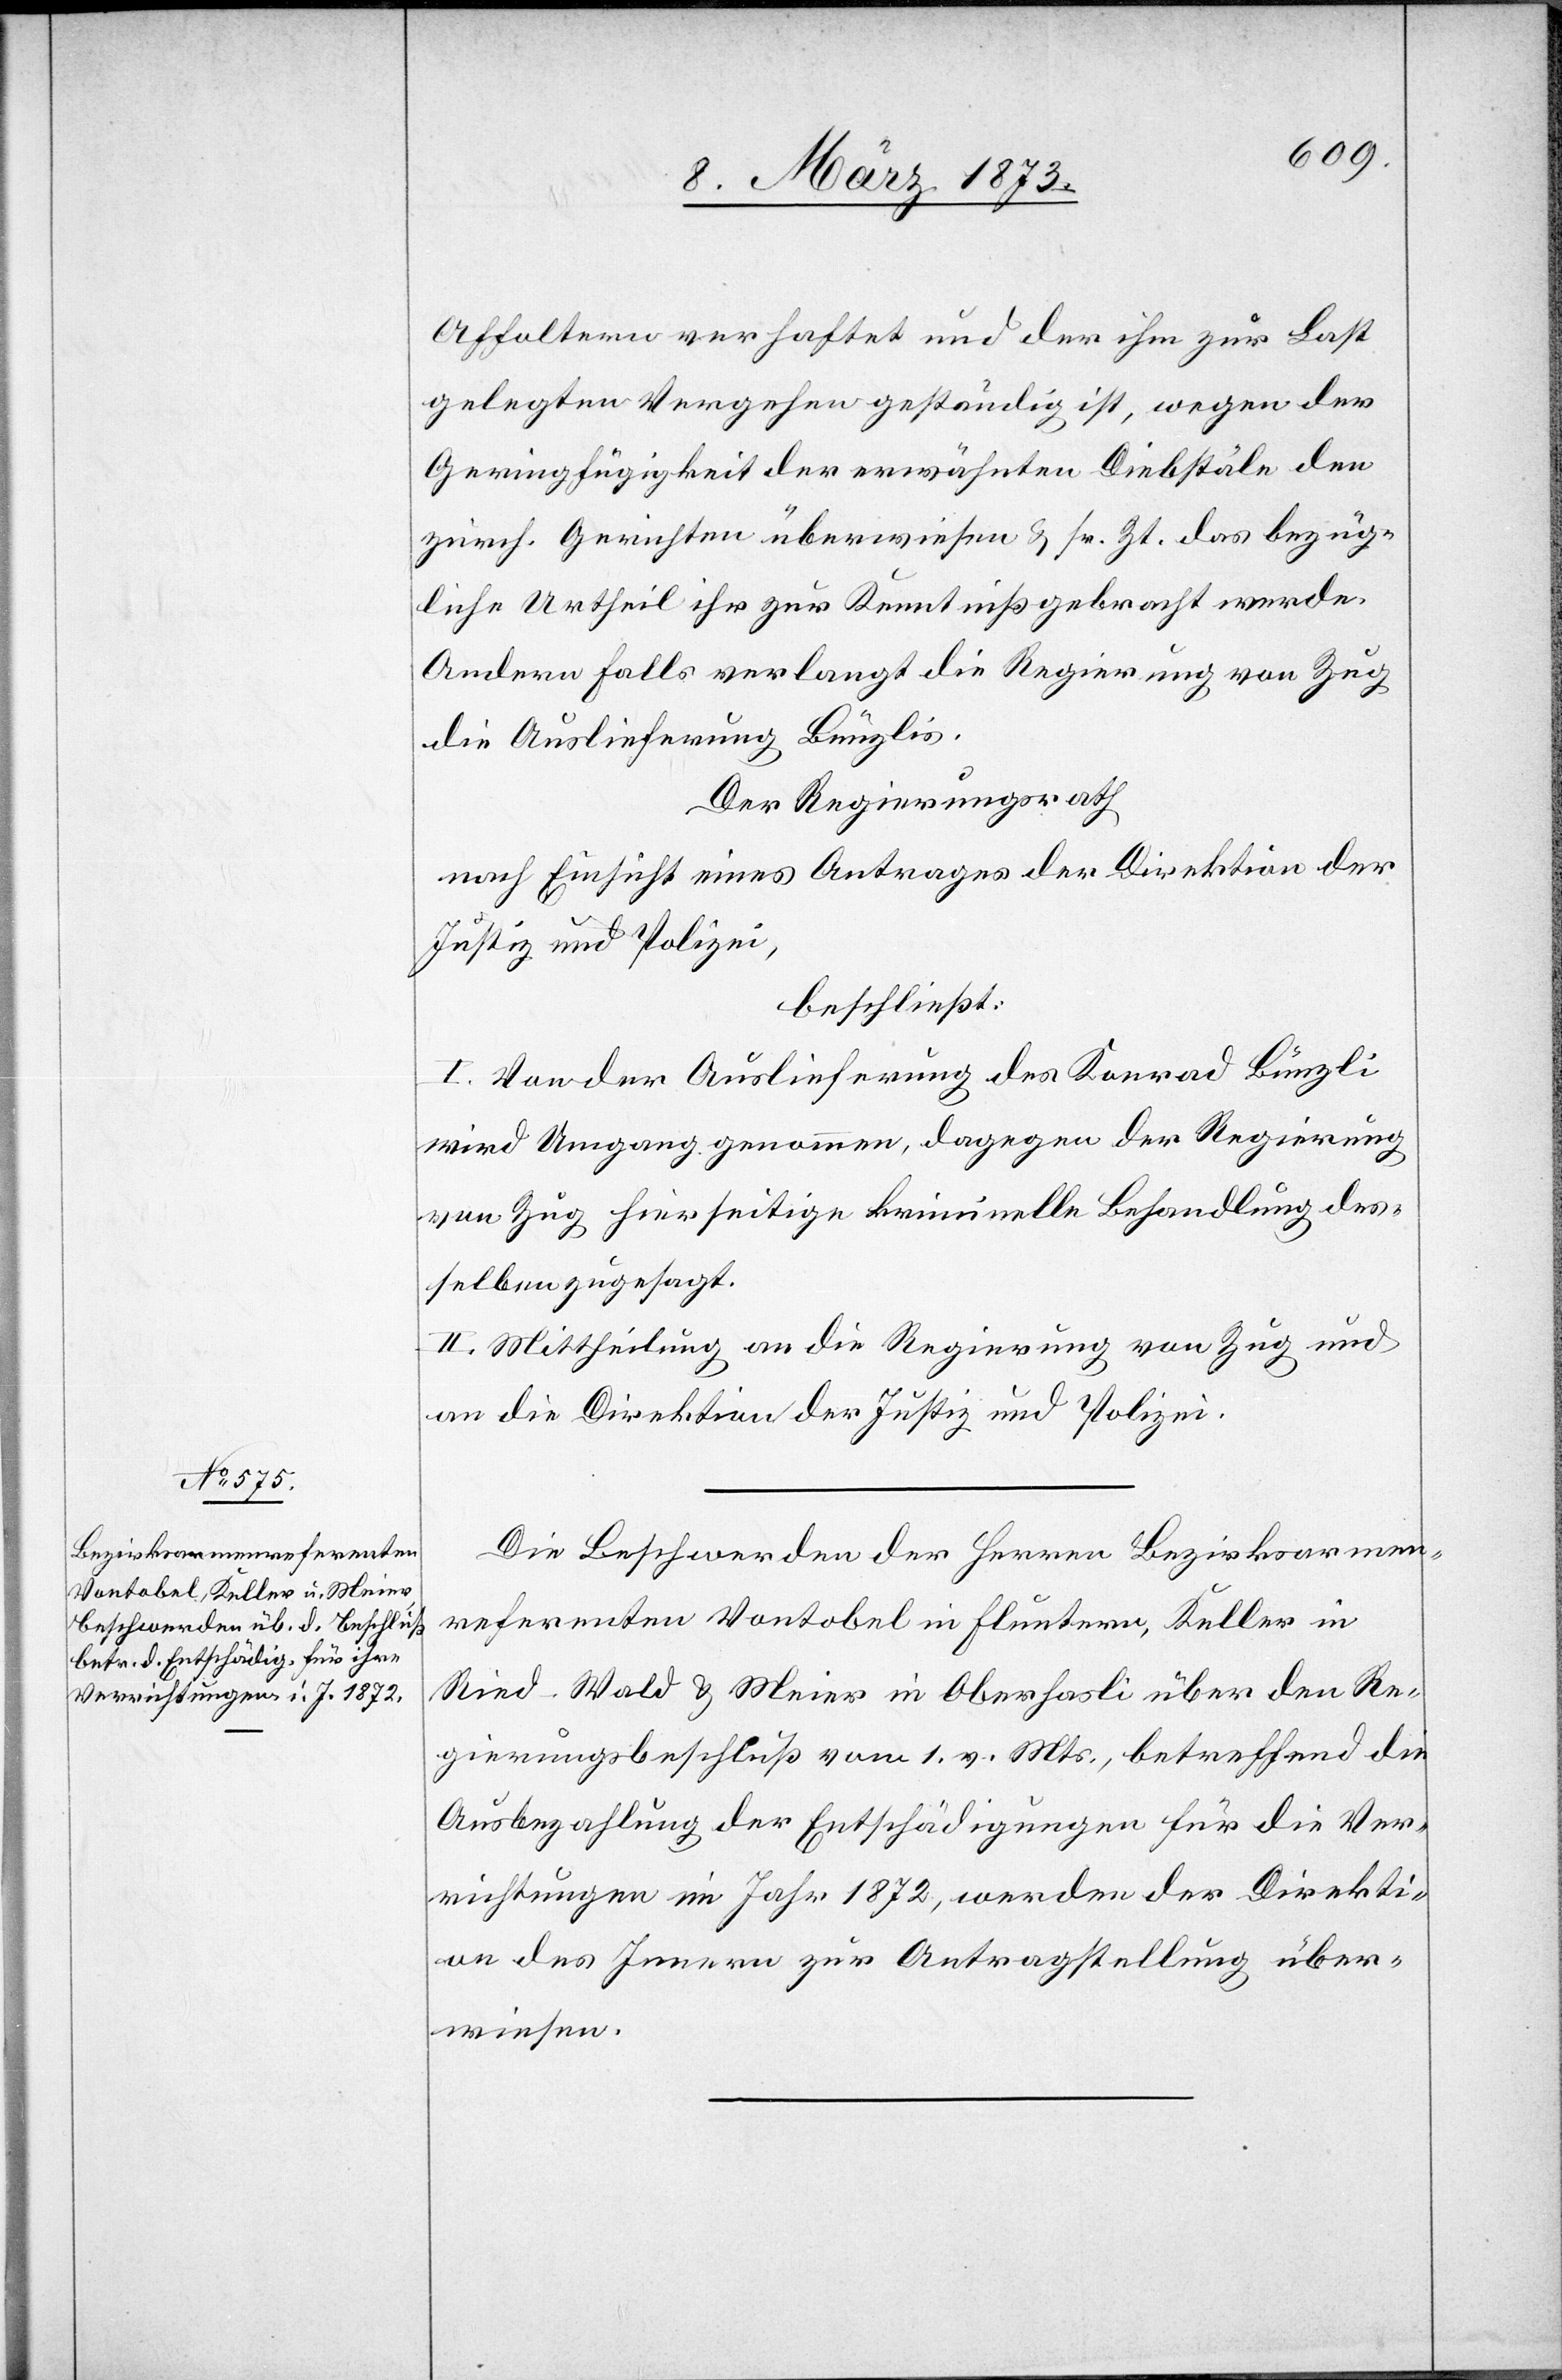
Affoltern verhaftet und der ihm zur Last
gelegten Vergehen geständig ist, wegen der
Geringfügigkeit der erwähnten Diebstäle den
zürch. Gerichten überwiesen u. sr. Zt. das bezüg¬
liche Urtheil ihr zur Kenntniß gebracht werde[n].
Andernfalls verlangt die Regierung von Zug
die Auslieferung Bünzlis.
Der Regierungsrath
nach Einsicht eines Antrages der Direktion der
Justiz und Polizei,
beschließt:
I. Von der Auslieferung des Konrad Bünzli
wird Umgang genommen, dagegen der Regierung
von Zug hierseitige kriminelle Behandlung des¬
selben zugesagt.
II. Mittheilung an die Regierung von Zug und
an die Direktion der Justiz und Polizei.
Die Beschwerden der Herren Bezirksarmen¬
referenten Vontobel in Fluntern, Keller in
Ried-Wald u. Meier in Oberhasli über den Re¬
gierungsbeschluß vom 1. v. Mts., betreffend die
Ausbezahlung der Entschädigungen für die Ver¬
richtungen im Jahr 1872, werden der Direkti¬
on des Innern zur Antragstellung über¬
wiesen.